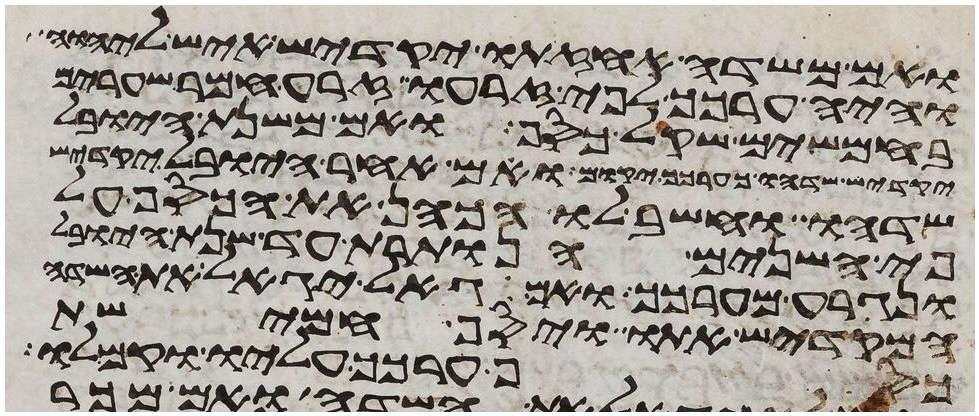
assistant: ואם משדה אחזתו יקדיש איש ליהוה
והיה ערכך לפי זרעו זרע חמר שערים
בחמשים שקל כסף ואם משנת היובל
יקדיש שדהו כערכך יקום ואם אחר היובל יקדיש
שדהו וחשב לו הכהן את הכסף על
פי השנים הנותרת עד שנת היובל
ונגרע מערכך ואם גאל יגאל את השדה
המקדיש אתו ויסף חמישת
כסף ערכך עליו וקם לו